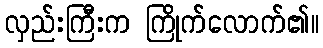
လှည်းကြီးက ကြိုက်လောက်၏။